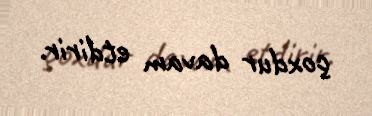
çoxdur davam etdirir.